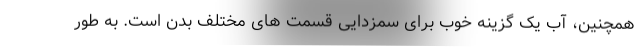
همچنین، آب یک گزینه خوب برای سمزدایی قسمت های مختلف بدن است. به طور